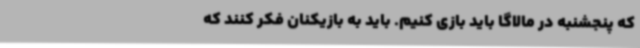
که پنجشنبه در مالاگا باید بازی کنیم. باید به بازیکنان فکر کنند که